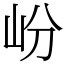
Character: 岎